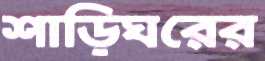
শাড়িঘরের